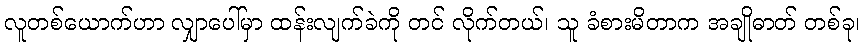
လူတစ်ယောက်ဟာ လျှာပေါ်မှာ ထန်းလျက်ခဲကို တင် လိုက်တယ်၊ သူ ခံစားမိတာက အချိုဓာတ် တစ်ခု၊